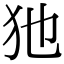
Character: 𤜣